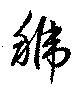
号